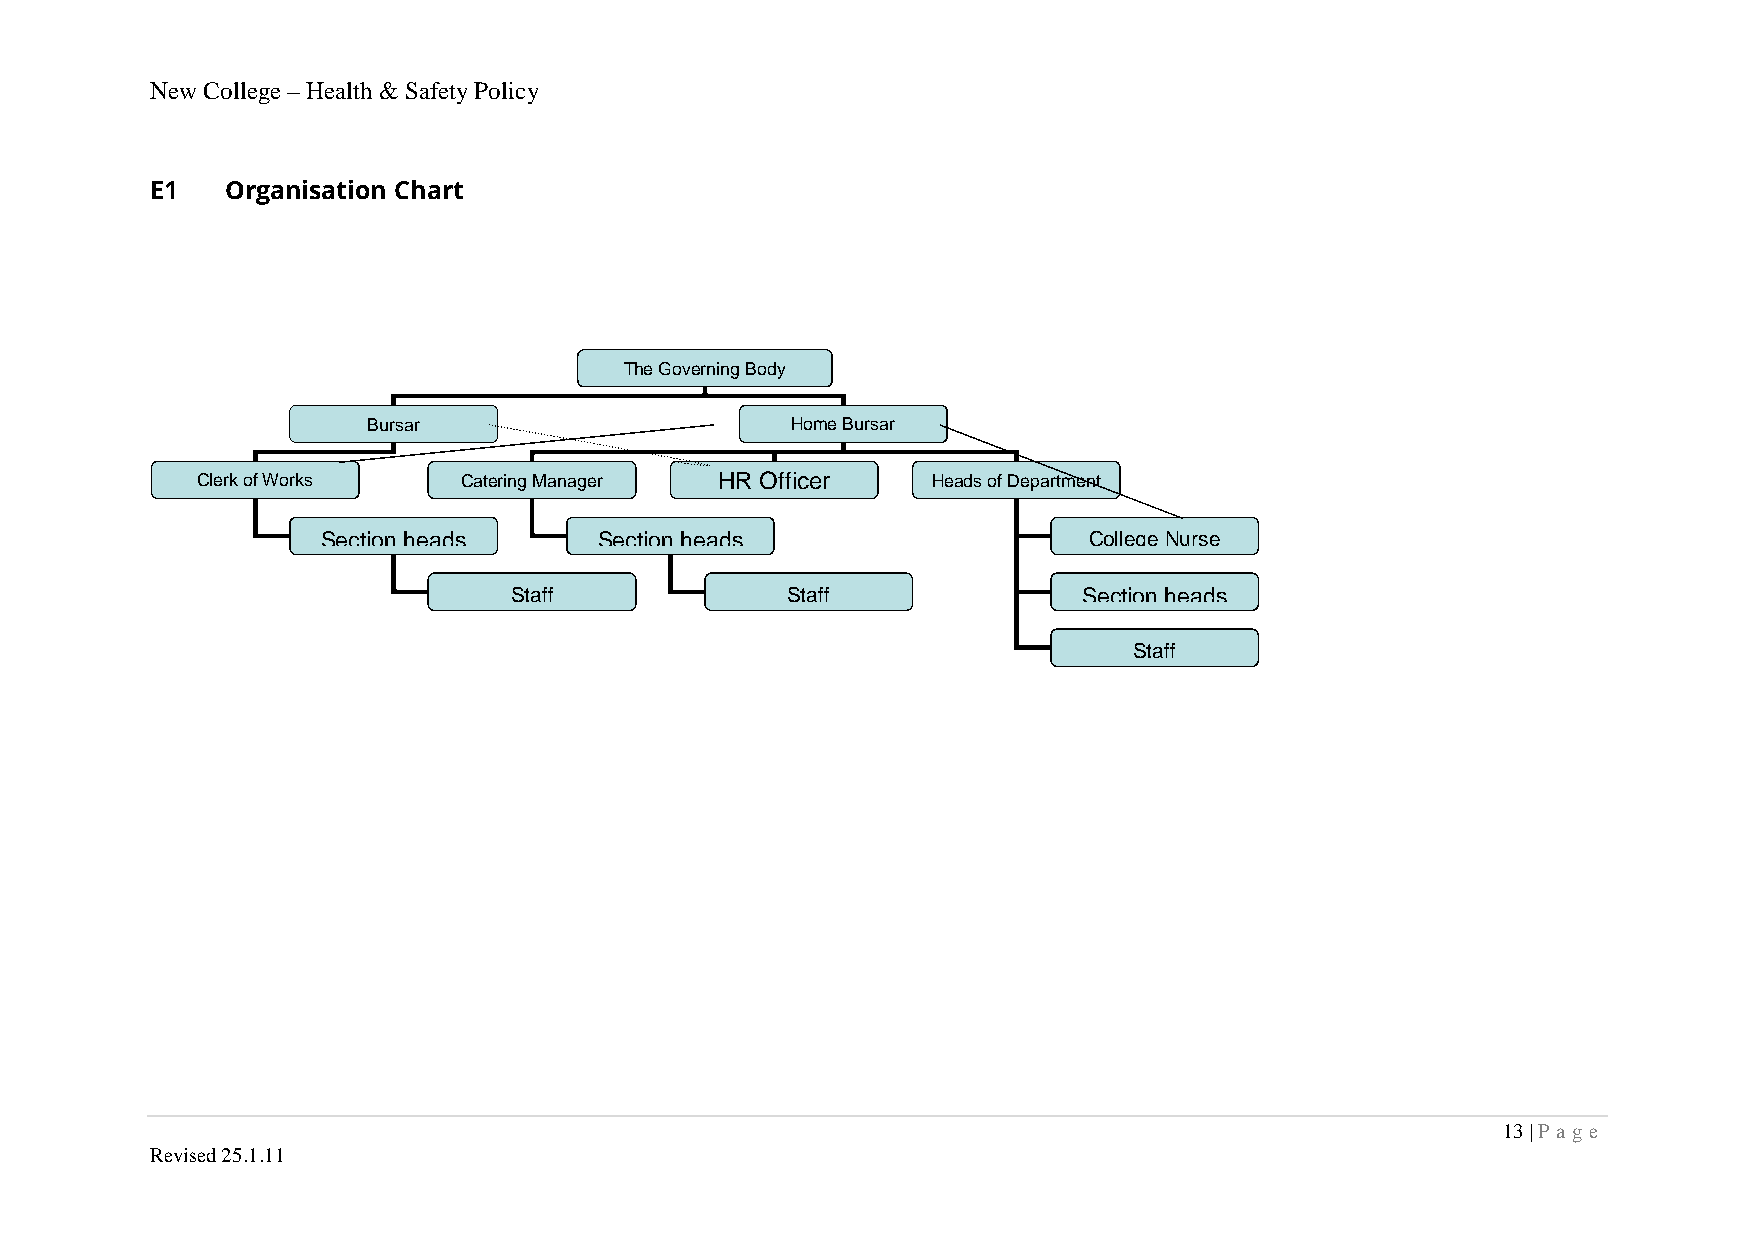
New College – Health & Safety Policy
 E1   Organisation Chart
 The Governing Body
 Bursar                      Home Bursar
 Clerk of Works    Catering Manager HR Officer    Heads of Department
 Section heads      Section heads                   College Nurse
 Staff             Staff               Section heads
 Staff
 13 | P a ge
 Revised 25.1.11